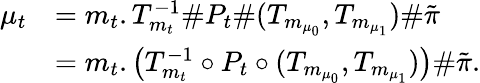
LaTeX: \begin{array}{rl}{\mu_{t}}&{=m_{t}.T_{m_{t}}^{-1}\# P_{t}\# (T_{m_{\mu_{0}}},T_{m_{\mu_{1}}})\# \tilde{\pi}}\\ &{=m_{t}.\big(T_{m_{t}}^{-1}\circ P_{t}\circ(T_{m_{\mu_{0}}},T_{m_{\mu_{1}}})\big)\# \tilde{\pi}.}\end{array}